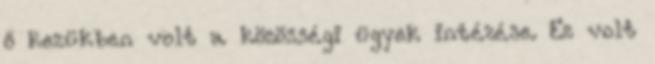
ő kezükben volt a közösségi ügyek intézése. Ez volt